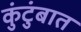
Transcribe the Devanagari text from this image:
कुंटुंबात